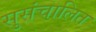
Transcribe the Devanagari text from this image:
सुसंचालित